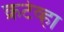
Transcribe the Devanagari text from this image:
क्रटेव्हा